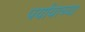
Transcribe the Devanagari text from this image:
पर्यायाच्या